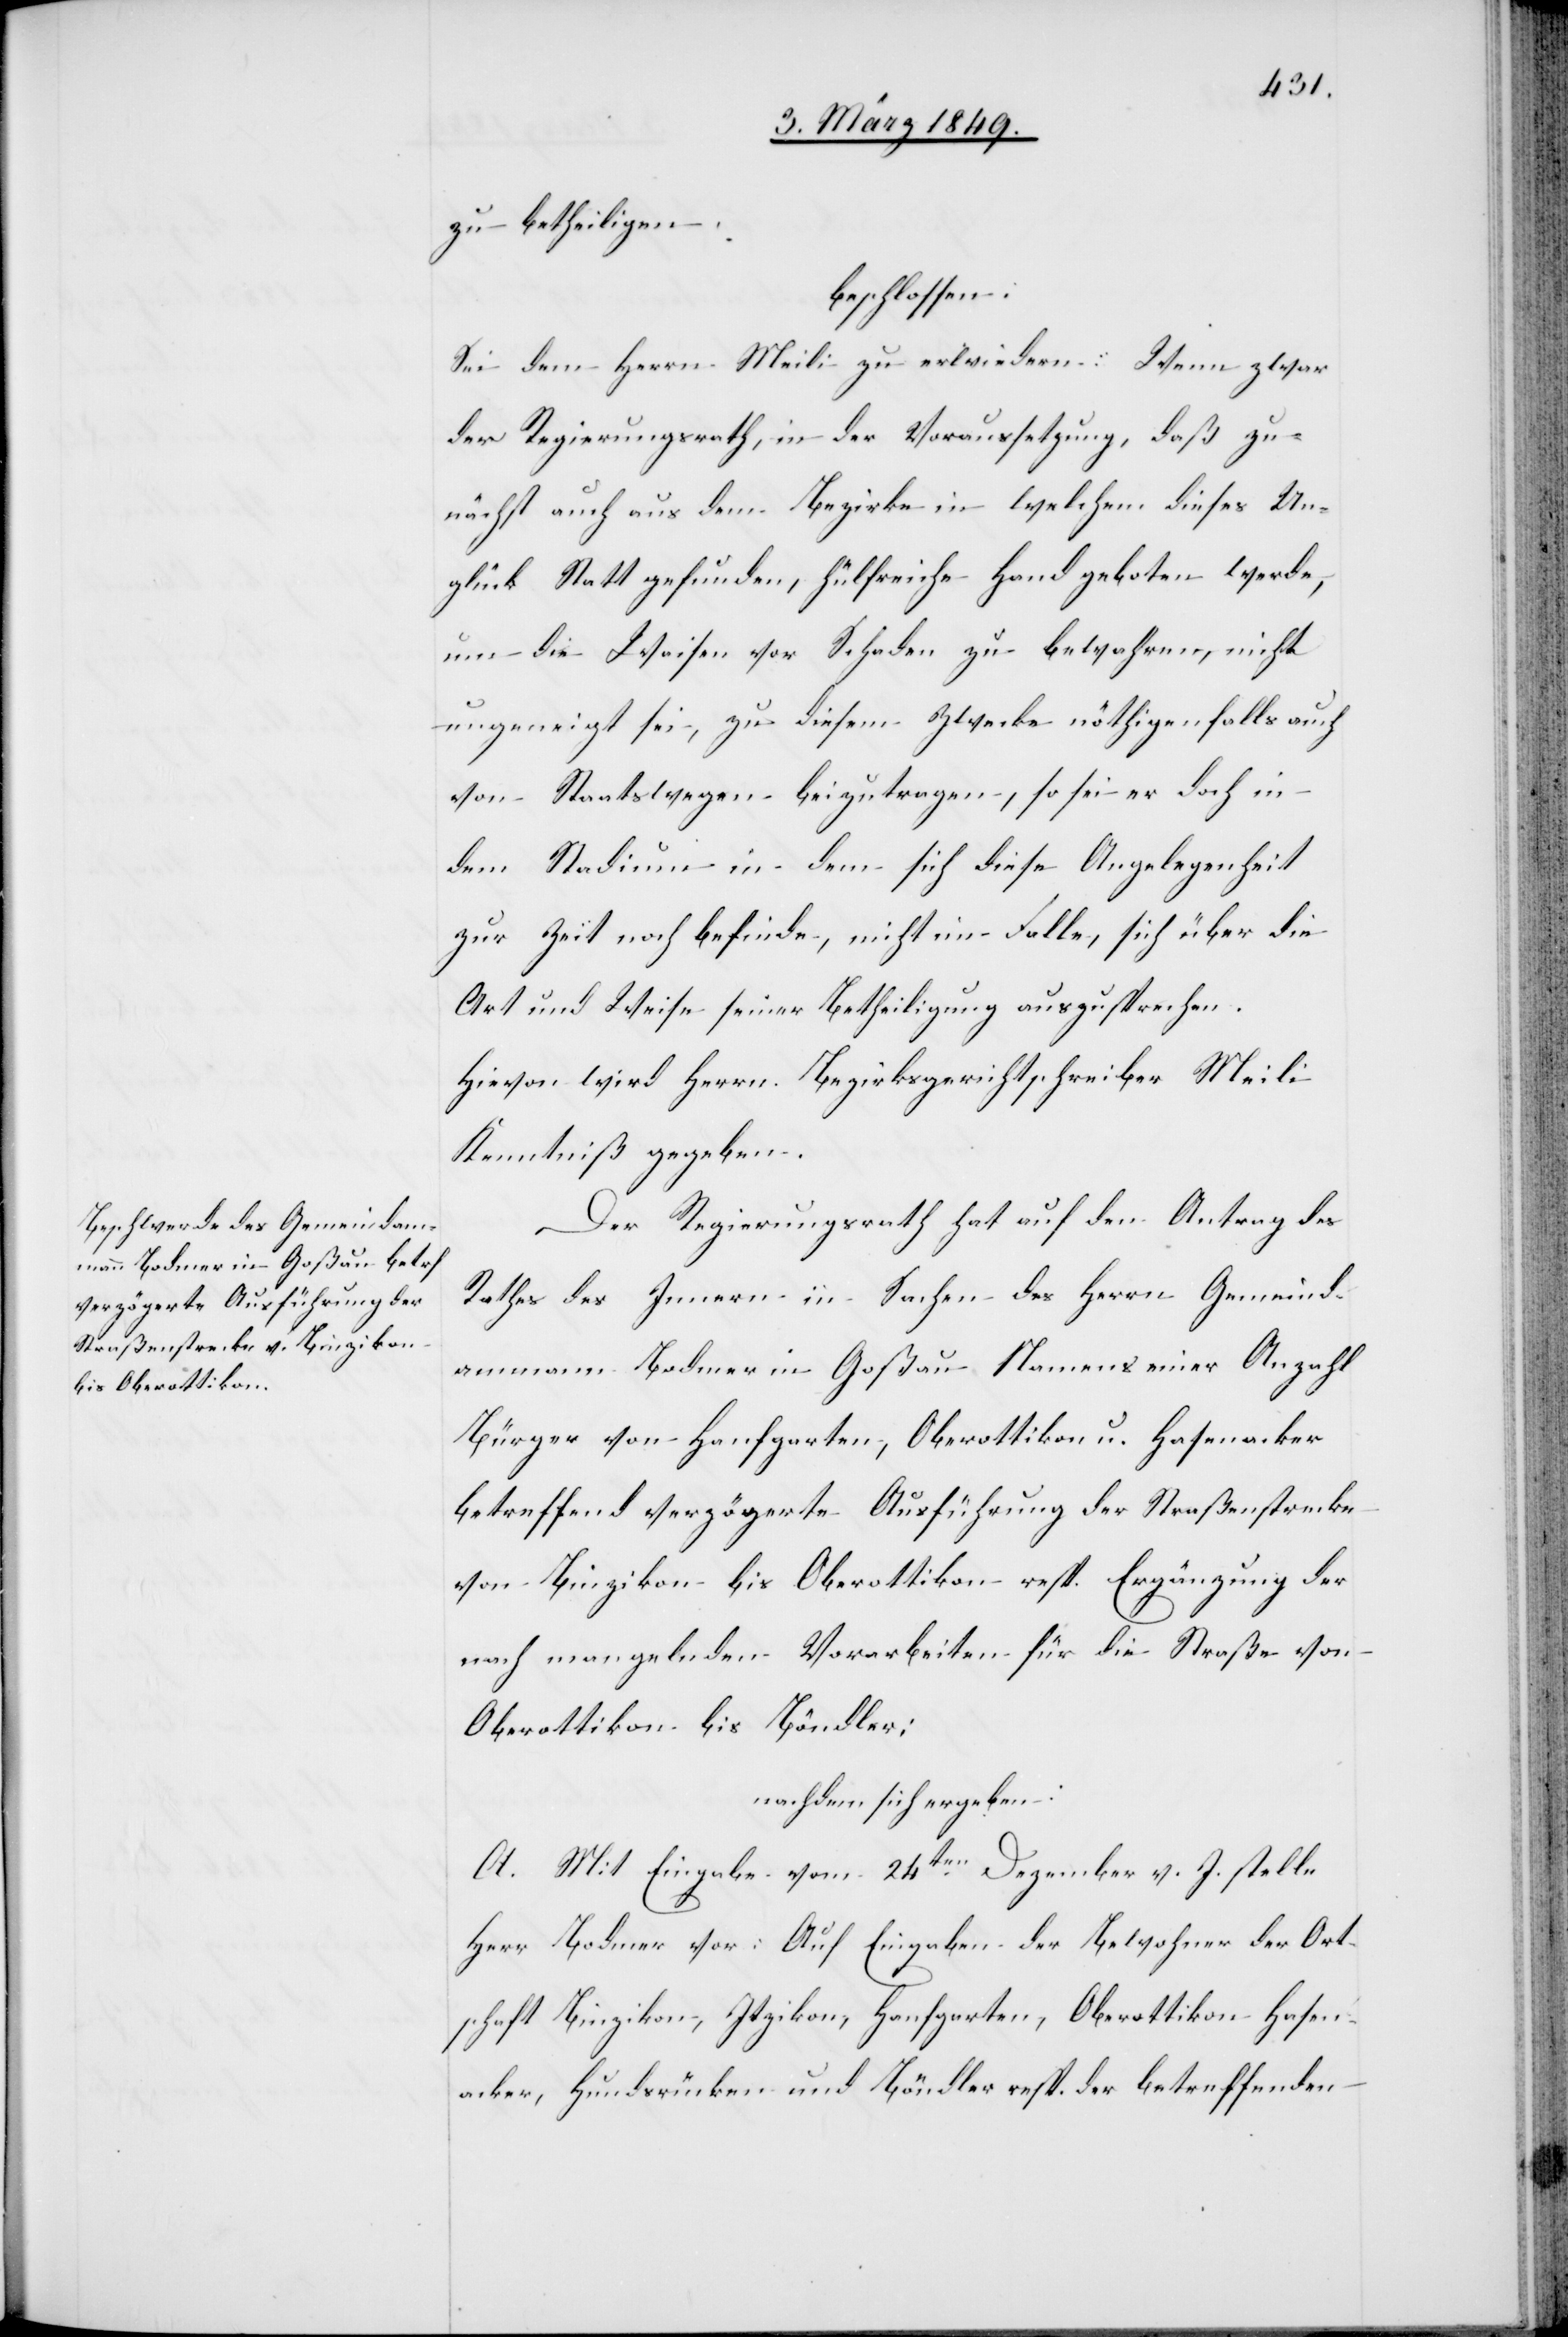
zu betheiligen,
beschlossen:
Sei dem Herrn Meili zu erwiedern: Wenn zwar
der Regierungsrath, in der Voraussetzung, daß zu¬
nächst auch aus dem Bezirke in welchem dieses Un¬
glück Statt gefunden, hülfreiche Hand geboten werde,
um die Waisen vor Schaden zu bewahren, nicht
ungeneigt sei, zu diesem Zwecke nöthigenfalls auch
von Staats wegen beizutragen, so sei er doch in
dem Stadium in dem sich diese Angelegenheit
zur Zeit noch befinde, nicht im Falle, sich über die
Art und Weise seiner Betheiligung auszusprechen.
Hievon wird Herrn Bezirksgerichtschreiber Meili
Kenntniß gegeben.
Der Regierungsrath hat auf den Antrag des
Rathes des Innern in Sachen des Herrn Gemeind¬
ammann Bodmer in Goßau Namens einer Anzahl
Bürger von Hanfgarten, Oberottikon u. Hasenacker
betreffend verzögerte Ausführung der Straßenstrecke
von Binzikon bis Oberottikon resp. Ergänzung der
nach [sic!] mangelnden Vorarbeiten für die Straße von
Oberottikon bis Böndler;
nachdem sich ergeben:
A. Mit Eingabe vom 24ten. Dezember v. J. stelle
Herr Bodmer vor: Auf Eingabe der Bewohner der Ort¬
schaft Binzikon, Itzikon, Hanfgarten, Oberottikon Hasen¬
acker, Hundsrücken und Böndler resp. der betreffenden